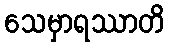
သေမှာရဿာတိ